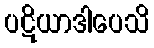
ပဋိယာဒါပေသိ